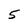
Character: 5